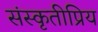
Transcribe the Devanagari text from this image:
संस्कृतीप्रिय